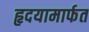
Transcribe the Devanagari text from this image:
हृदयामार्फत